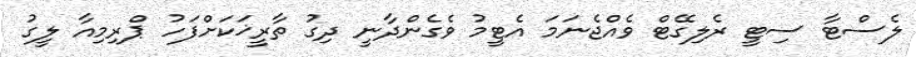
ލެސްޓާ ސިޓީ ރެލިގޭޓް ވެއްޖެނަމަ އެޓީމު ވެގެންދާނީ ދިގު ތާރީޚަކަށްފަހު ޕްރިމިއާ ލީގު